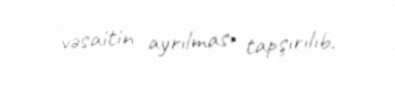
vəsaitin ayrılması tapşırılıb.